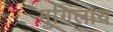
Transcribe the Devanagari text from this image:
मुगिलाय